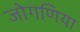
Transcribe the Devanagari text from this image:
जोगणिया